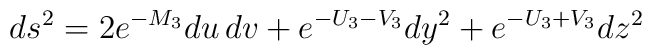
ds^{2}=2e^{-M_{3}}du\,dv+e^{-U_{3}-V_{3}}dy^{2}+e^{-U_{3}+V_{3}}dz^{2}